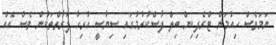
ނަމަވެސް ހިއުމަން ޓްރެފިކިން ބިލް ފާސްކުރުމުގައި ސިޔާސީ ހުރިހާ ފަރާތްތަކުން ވެސް އެއް